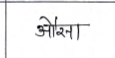
मजकूर: औसा